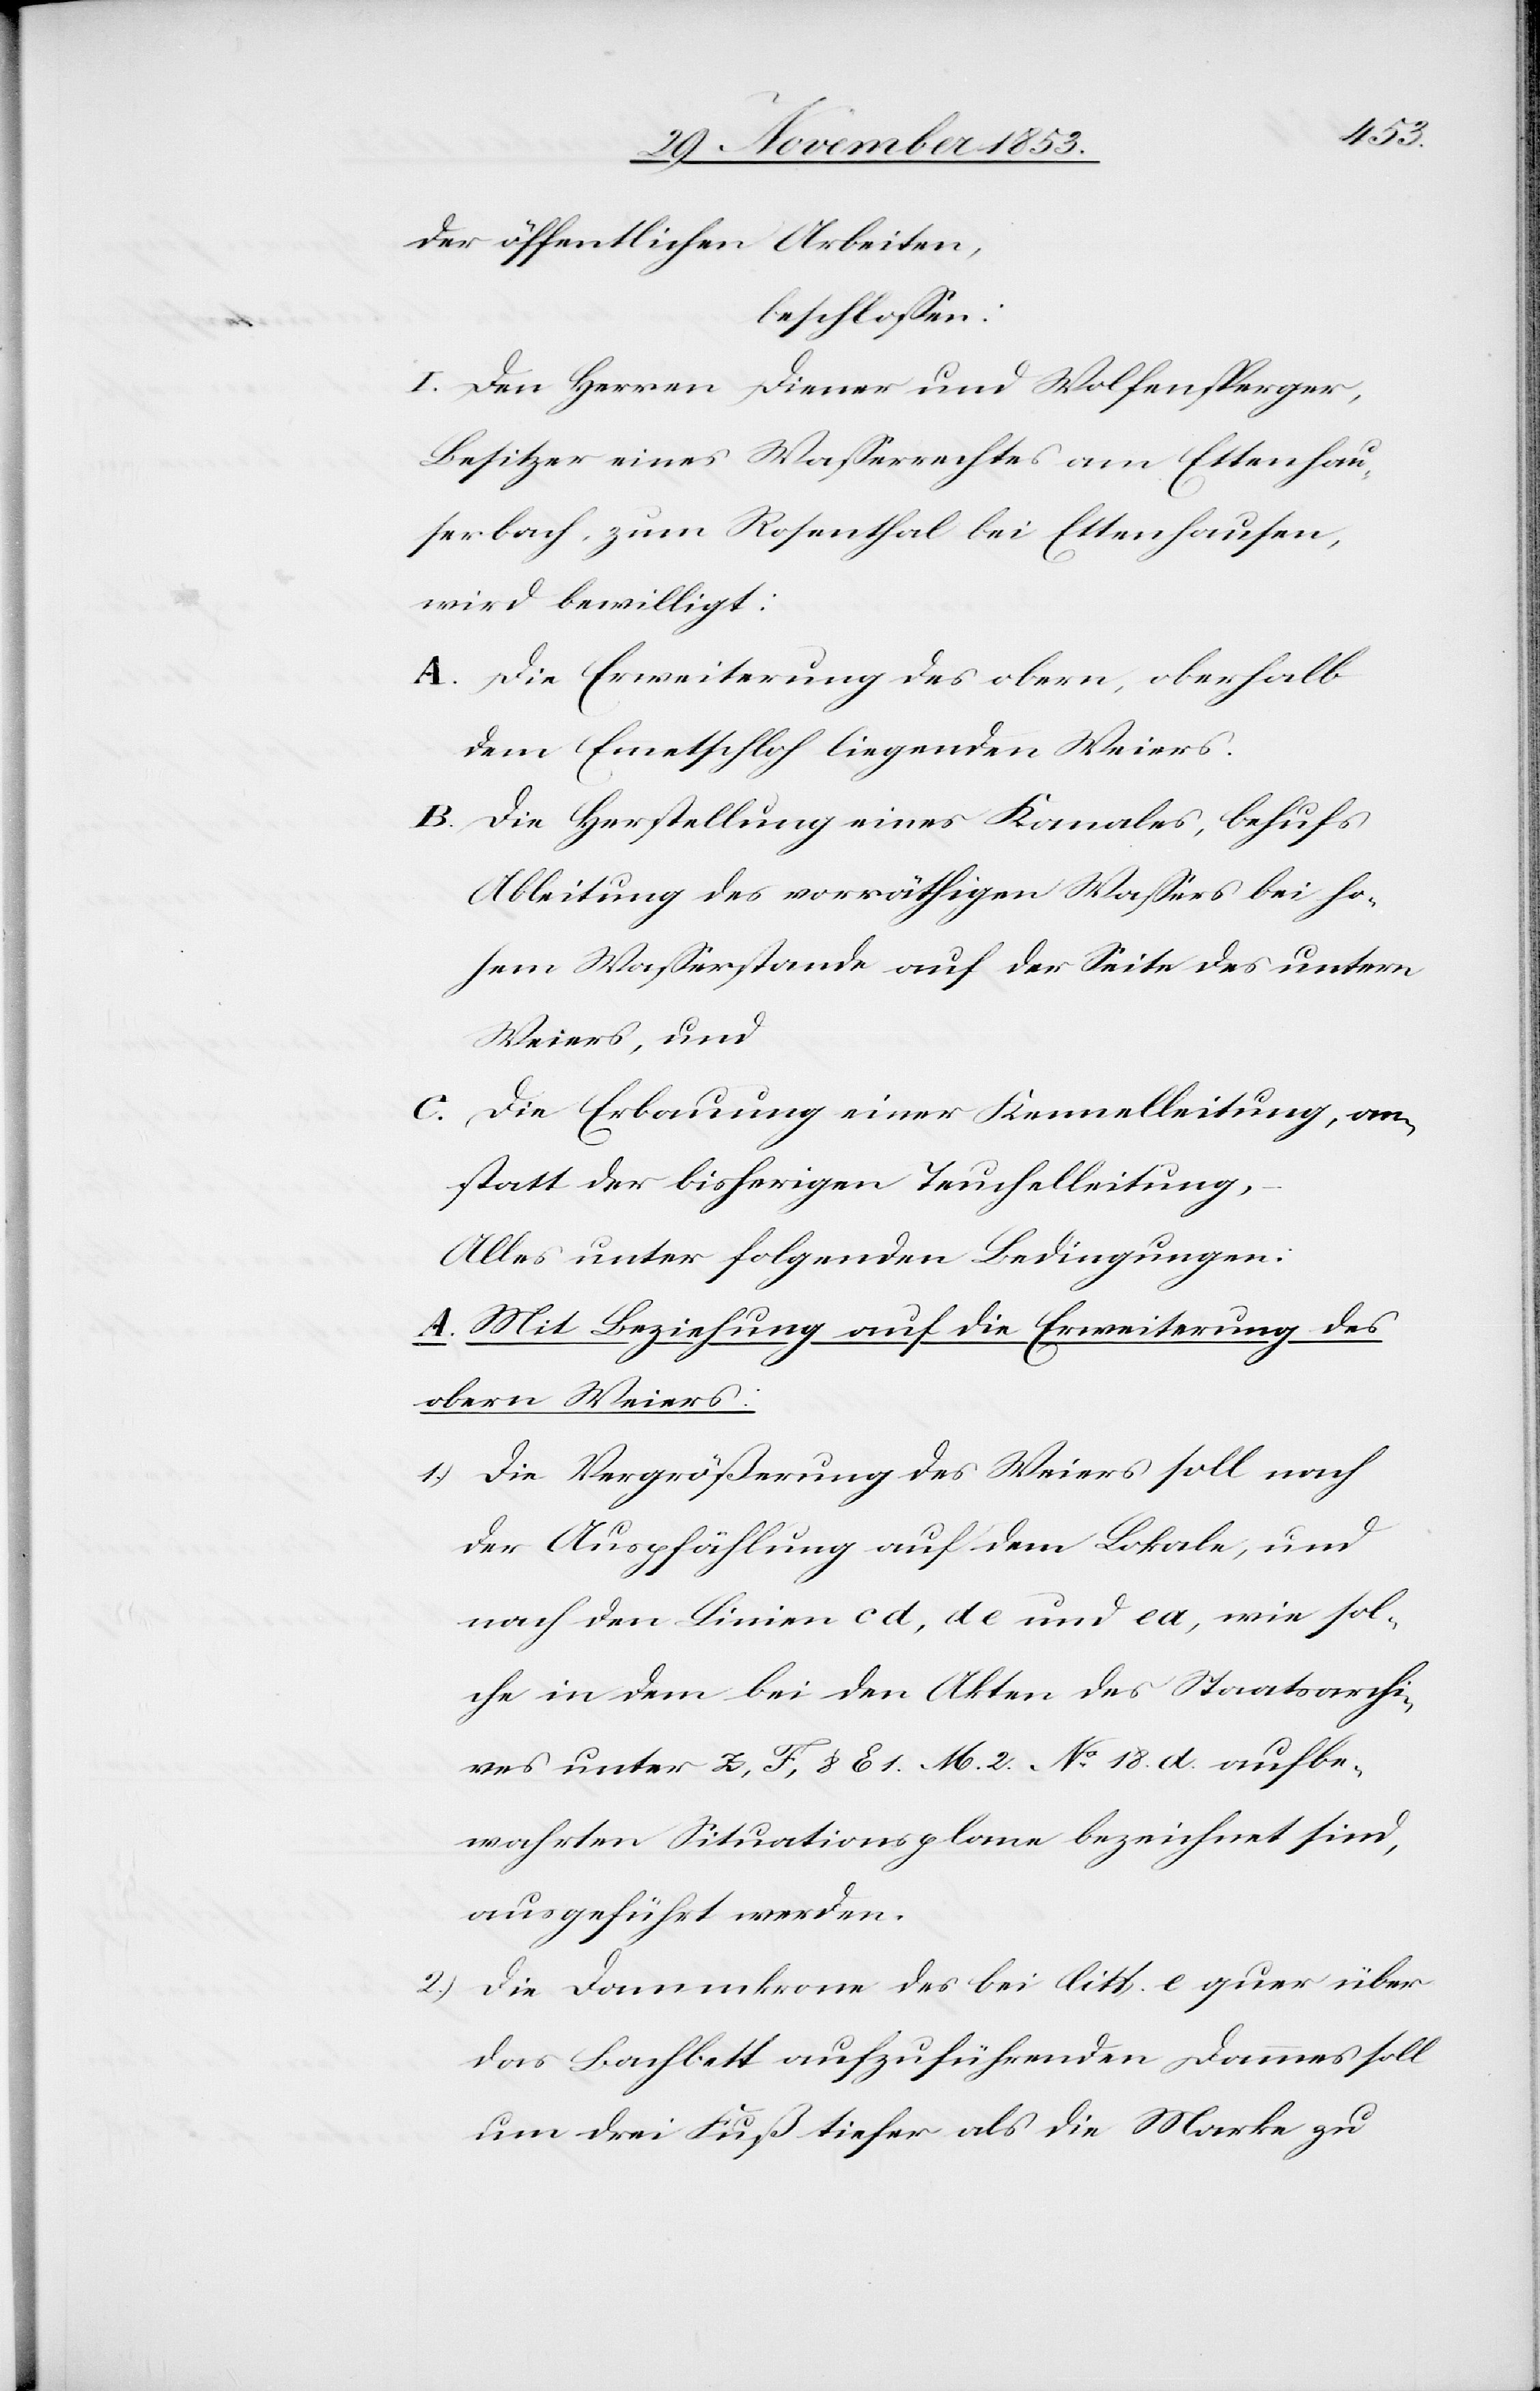
der öffentlichen Arbeiten,
beschloßen:
I. Den Herrn Diener und Wolfensperger,
Besitzer eines Waßerrechtes am Ettenhau¬
serbach, zum Rosenthal bei Ettenhausen,
wird bewilligt:
A. Die Erweiterung des obern, oberhalb
dem Ennetschloh liegenden Weiers.
B. Die Herstellung eines Kanales, behufs
Ableitung des vorräthigen Waßers bei ho¬
hem Waßerstande auf der Seite des untern
Weiers, und
C. Die Erbauung einer Kennelleitung, an¬
statt der bisherigen Teuchelleitung,
Alles unter folgenden Bedingungen:
A. Mit Beziehung auf die Erweiterung des
obern Weiers:
1.) Die Vergrößerung des Weiers soll nach
der Auspfählung auf dem Lokale, und
nach den Linien cd, de und ea, wie sol¬
che in dem bei den Akten des Staatsarchi¬
ves unter z, F, u. E1. M. 2. N° 18. d. aufbe¬
wahrten Situationsplane bezeichnet sind,
ausgeführt werden.
2.) Die Dammkrone des bei litt. e quer über
das Bachbett aufzuführenden Dammes soll
um drei Fuß tiefer als die Marke zu